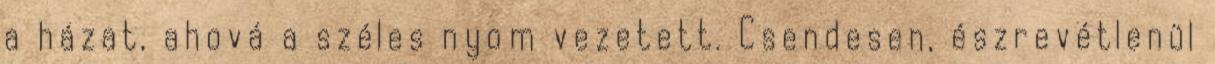
a há­zat, ahová a széles nyom vezetett. Csendesen, észrevétlenül